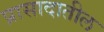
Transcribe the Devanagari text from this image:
प्रासादातील